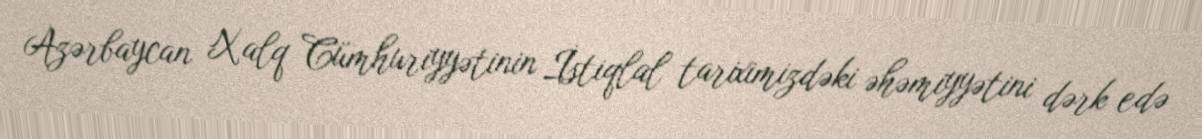
Azərbaycan Xalq Cümhuriyyətinin İstiqlal tariximizdəki əhəmiyyətini dərk edə